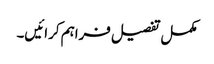
مکمل تفصیل فراہم کرائیں۔